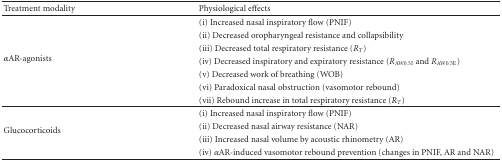
<table><thead><tr><td><b>Treatment modality</b></td><td><b>Physiological effects</b></td></tr></thead><tbody><tr><td rowspan="7"><i>α</i>AR-agonists</td><td>(i) Increased nasal inspiratory flow (PNIF)</td></tr><tr><td>(ii) Decreased oropharyngeal resistance and collapsibility</td></tr><tr><td>(iii) Decreased total respiratory resistance (<i>R</i><sub><i>T</i></sub>)</td></tr><tr><td>(iv) Decreased inspiratory and expiratory resistance (<i>R </i><sub>AW0.5I</sub> and <i>R </i><sub>AW0.5E</sub>)</td></tr><tr><td>(v) Decreased work of breathing (WOB)</td></tr><tr><td>(vi) Paradoxical nasal obstruction (vasomotor rebound)</td></tr><tr><td>(vii) Rebound increase in total respiratory resistance (<i>R</i><sub><i>T</i></sub>) </td></tr><tr><td rowspan="4">Glucocorticoids</td><td>(i) Increased nasal inspiratory flow (PNIF)</td></tr><tr><td>(ii) Decreased nasal airway resistance (NAR)</td></tr><tr><td>(iii) Increased nasal volume by acoustic rhinometry (AR)</td></tr><tr><td>(iv) <i>α</i>AR-induced vasomotor rebound prevention (changes in PNIF, AR and NAR)</td></tr></tbody></table>